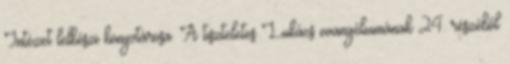
Intézet lelkészi könyvtárosa. A tiszteletes Lukács evangéliumának 24. részéből